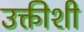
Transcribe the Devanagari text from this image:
उक्तीशी